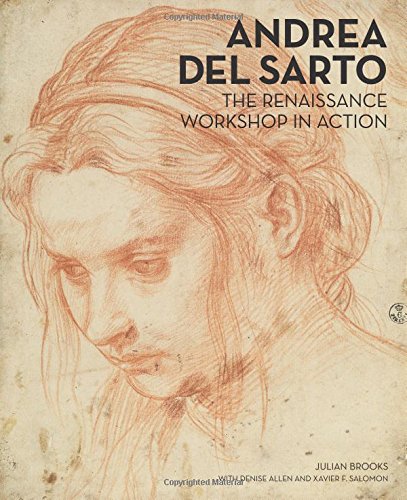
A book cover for Andrea del Sarto: The Renaissance Workshop in Action; Julian Brooks; Arts & Photography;